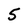
Character: 5